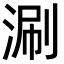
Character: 涮